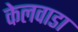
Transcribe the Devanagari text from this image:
केलवाडा